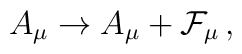
A_{\mu} \rightarrow A_{\mu} + {\cal F}_{\mu} \, ,